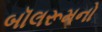
બૉલરૂમનો